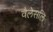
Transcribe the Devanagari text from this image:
वैलेसलि